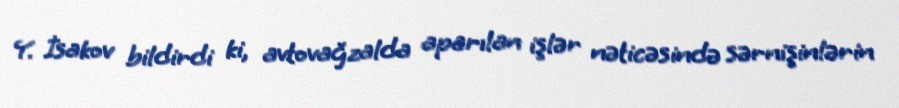
Y. İsakov bildirdi ki, avtovağzalda aparılan işlər nəticəsində sərnişinlərin